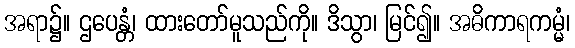
အရာ၌။ ဌပေန္တံ၊ ထားတော်မူသည်ကို။ ဒိသွာ၊ မြင်၍။ အဓိကာရကမ္မံ၊